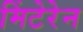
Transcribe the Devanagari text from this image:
मिंटेरेन